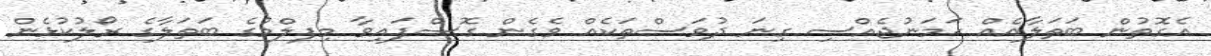
އެގޮތުން ބަތަލާއެއް ހަމަނުޖެއްސި ގިނަ ދުވަސްތަކެއް ވެގެން ގޮސްފައިވާ މިފލްމުގެ ބަތަލާގެ ރޯލުކުޅެން